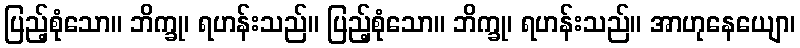
ပြည့်စုံသော။ ဘိက္ခု၊ ရဟန်းသည်။ ပြည့်စုံသော။ ဘိက္ခု၊ ရဟန်းသည်။ အာဟုနေယျော၊